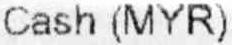
CASH (MYR)